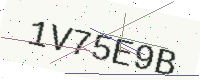
Text: 1V75E9B